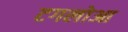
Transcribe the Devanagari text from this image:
टगलोआ